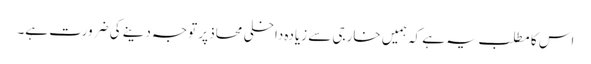
اس کا مطلب یہ ہے کہ ہمیں خارجی سے زیادہ داخلی محاذ پر توجہ دینے کی ضرورت ہے۔